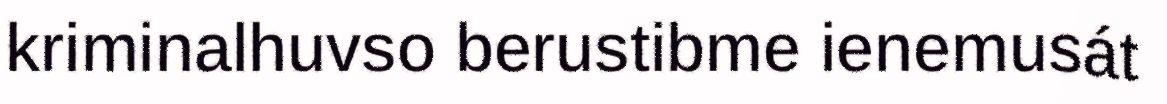
kriminalhuvso berustibme ienemusát